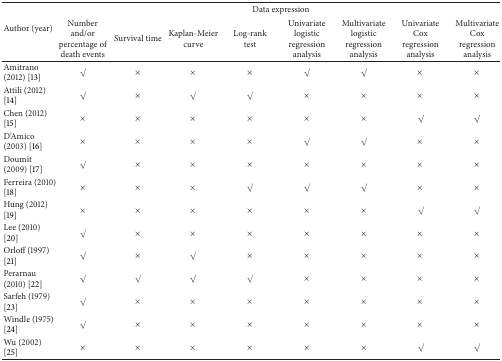
<table><thead><tr><td rowspan="2"><b>Author (year)</b></td><td colspan="8"><b>Data expression</b></td></tr><tr><td><b>Number and/or percentage of death events</b></td><td><b>Survival time</b></td><td><b>Kaplan-Meier curve</b></td><td><b>Log-rank test</b></td><td><b>Univariate logistic regression analysis</b></td><td><b>Multivariate logistic regression analysis</b></td><td><b>Univariate Cox regression analysis</b></td><td><b>Multivariate Cox regression analysis</b></td></tr></thead><tbody><tr><td>Amitrano (2012) [13]</td><td><b><i>√</i></b></td><td><b>×</b></td><td><b>×</b></td><td><b>×</b></td><td><b><i>√</i></b></td><td><b><i>√</i></b></td><td><b>×</b></td><td><b>×</b></td></tr><tr><td>Attili (2012) [14]</td><td><b><i>√</i></b></td><td><b>×</b></td><td><b><i>√</i></b></td><td><b><i>√</i></b></td><td><b>×</b></td><td><b>×</b></td><td><b>×</b></td><td><b>×</b></td></tr><tr><td>Chen (2012) [15]</td><td><b>×</b></td><td><b>×</b></td><td><b>×</b></td><td><b>×</b></td><td><b>×</b></td><td><b>×</b></td><td><b><i>√</i></b></td><td><b><i>√</i></b></td></tr><tr><td>D&#x27;Amico (2003) [16]</td><td><b>×</b></td><td><b>×</b></td><td><b>×</b></td><td><b>×</b></td><td><b><i>√</i></b></td><td><b><i>√</i></b></td><td><b>×</b></td><td><b>×</b></td></tr><tr><td>Doumit (2009) [17]</td><td><b><i>√</i></b></td><td><b>×</b></td><td><b>×</b></td><td><b>×</b></td><td><b>×</b></td><td><b>×</b></td><td><b>×</b></td><td><b>×</b></td></tr><tr><td>Ferreira (2010) [18]</td><td><b>×</b></td><td><b>×</b></td><td><b>×</b></td><td><b><i>√</i></b></td><td><b><i>√</i></b></td><td><b><i>√</i></b></td><td><b>×</b></td><td><b>×</b></td></tr><tr><td>Hung (2012) [19]</td><td><b>×</b></td><td><b>×</b></td><td><b>×</b></td><td><b>×</b></td><td><b>×</b></td><td><b>×</b></td><td><b><i>√</i></b></td><td><b><i>√</i></b></td></tr><tr><td>Lee (2010) [20]</td><td><b><i>√</i></b></td><td><b>×</b></td><td><b>×</b></td><td><b>×</b></td><td><b>×</b></td><td><b>×</b></td><td><b>×</b></td><td><b>×</b></td></tr><tr><td>Orloff (1997) [21]</td><td><b><i>√</i></b></td><td><b>×</b></td><td><b><i>√</i></b></td><td><b>×</b></td><td><b>×</b></td><td><b>×</b></td><td><b>×</b></td><td><b>×</b></td></tr><tr><td>Perarnau (2010) [22]</td><td><b><i>√</i></b></td><td><b><i>√</i></b></td><td><b><i>√</i></b></td><td><b><i>√</i></b></td><td><b>×</b></td><td><b>×</b></td><td><b>×</b></td><td><b>×</b></td></tr><tr><td>Sarfeh (1979) [23]</td><td><b><i>√</i></b></td><td><b>×</b></td><td><b>×</b></td><td><b>×</b></td><td><b>×</b></td><td><b>×</b></td><td><b>×</b></td><td><b>×</b></td></tr><tr><td>Windle (1975) [24]</td><td><b><i>√</i></b></td><td><b>×</b></td><td><b>×</b></td><td><b>×</b></td><td><b>×</b></td><td><b>×</b></td><td><b>×</b></td><td><b>×</b></td></tr><tr><td>Wu (2002) [25]</td><td><b>×</b></td><td><b>×</b></td><td><b>×</b></td><td><b>×</b></td><td><b>×</b></td><td><b>×</b></td><td><b><i>√</i></b></td><td><b><i>√</i></b></td></tr></tbody></table>